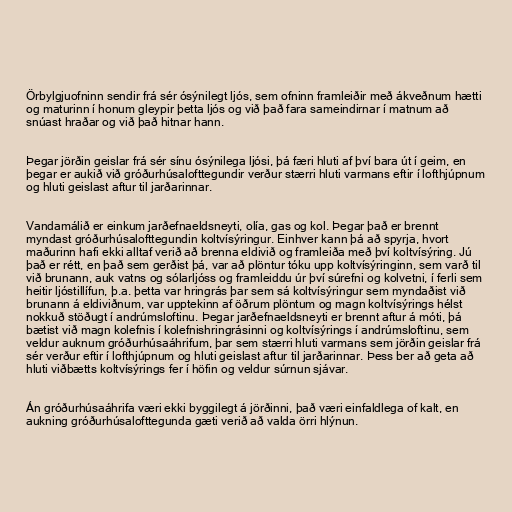
Örbylgjuofninn sendir frá sér ósýnilegt ljós, sem ofninn framleiðir með ákveðnum hætti
og maturinn í honum gleypir þetta ljós og við það fara sameindirnar í matnum að
snúast hraðar og við það hitnar hann.

Þegar jörðin geislar frá sér sínu ósýnilega ljósi, þá færi hluti af því bara út í geim, en
þegar er aukið við gróðurhúsalofttegundir verður stærri hluti varmans eftir í lofthjúpnum
og hluti geislast aftur til jarðarinnar.

Vandamálið er einkum jarðefnaeldsneyti, olía, gas og kol. Þegar það er brennt
myndast gróðurhúsalofttegundin koltvísýringur. Einhver kann þá að spyrja, hvort
maðurinn hafi ekki alltaf verið að brenna eldivið og framleiða með því koltvísýring. Jú
það er rétt, en það sem gerðist þá, var að plöntur tóku upp koltvísýringinn, sem varð til
við brunann, auk vatns og sólarljóss og framleiddu úr því súrefni og kolvetni, í ferli sem
heitir ljóstillífun, þ.a. þetta var hringrás þar sem sá koltvísýringur sem myndaðist við
brunann á eldiviðnum, var upptekinn af öðrum plöntum og magn koltvísýrings hélst
nokkuð stöðugt í andrúmsloftinu. Þegar jarðefnaeldsneyti er brennt aftur á móti, þá
bætist við magn kolefnis í kolefnishringrásinni og koltvísýrings í andrúmsloftinu, sem
veldur auknum gróðurhúsaáhrifum, þar sem stærri hluti varmans sem jörðin geislar frá
sér verður eftir í lofthjúpnum og hluti geislast aftur til jarðarinnar. Þess ber að geta að
hluti viðbætts koltvísýrings fer í höfin og veldur súrnun sjávar.

Án gróðurhúsaáhrifa væri ekki byggilegt á jörðinni, það væri einfaldlega of kalt, en
aukning gróðurhúsalofttegunda gæti verið að valda örri hlýnun.